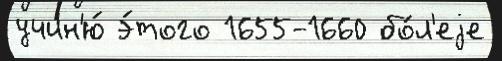
учин'ю́ э́того 1655-1660 бо́л'еjе